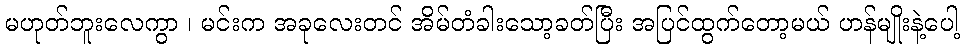
မဟုတ်ဘူးလေကွာ ၊ မင်းက အခုလေးတင် အိမ်တံခါးသော့ခတ်ပြီး အပြင်ထွက်တော့မယ် ဟန်မျိုးနဲ့ပေါ့